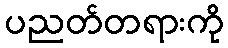
ပညတ်တရားကို